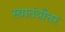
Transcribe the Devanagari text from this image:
स्वातंत्रौत्तर